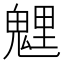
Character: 𩳓